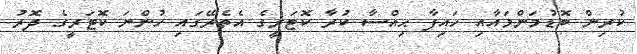
ކުރިން ބޮޑުމަންމައާއި ހައިފާ ޙިއްސާ ކުރާ ކޮޓަރީގެ އެތެރޭގައި ހުންނަ ކޮޓަރީގެ ދޮރު